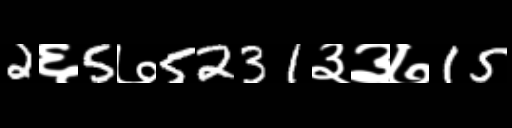
Text: 2६5७5231३३७15